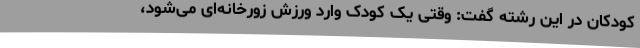
کودکان در این رشته گفت: وقتی یک کودک وارد ورزش زورخانه‌ای می‌شود،